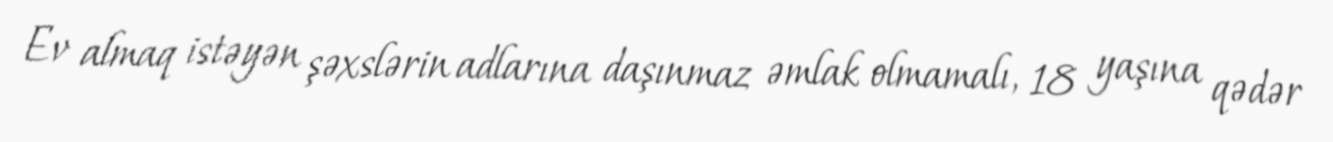
Ev almaq istəyən şəxslərin adlarına daşınmaz əmlak olmamalı, 18 yaşına qədər